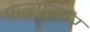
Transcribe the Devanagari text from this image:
मालपूरकर